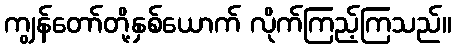
ကျွန်တော်တို့နှစ်ယောက် လိုက်ကြည့်ကြသည်။